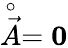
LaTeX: \stackrel{\circ}{\vec{A}}={\mathbf 0}